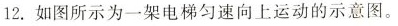
12.如图所示为一架电梯匀速向上运动的示意图。